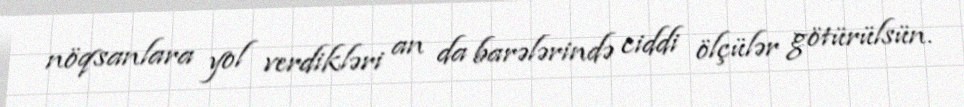
nöqsanlara yol verdikləri an da barələrində ciddi ölçülər götürülsün.